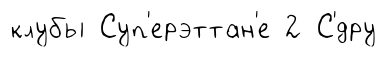
клубы Суп'ерэттан'е 2 С'́дру